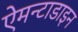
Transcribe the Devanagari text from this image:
ऐमन्टाडाइन